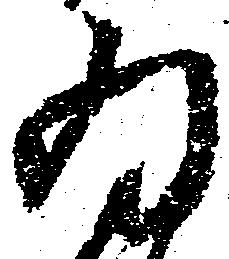
為